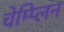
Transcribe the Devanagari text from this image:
चेम्प्लिन